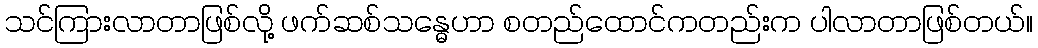
သင်ကြားလာတာဖြစ်လို့ ဖက်ဆစ်သန္ဓေဟာ စတည်ထောင်ကတည်းက ပါလာတာဖြစ်တယ်။